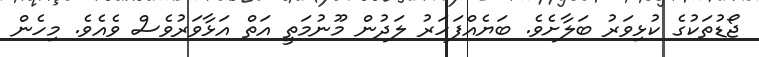
ޖޯޑުތަކުގެ ކުޅިވަރު ބަލާށެވެ. ބަޔެއްފަހަރު ލަދުން މޫނުމަތީ އަތް އަޅާވަރުވެސް ވެއެވެ. މިހެން